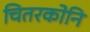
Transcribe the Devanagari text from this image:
चितरकोनि